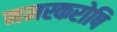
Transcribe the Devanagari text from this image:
नमस्करोषि